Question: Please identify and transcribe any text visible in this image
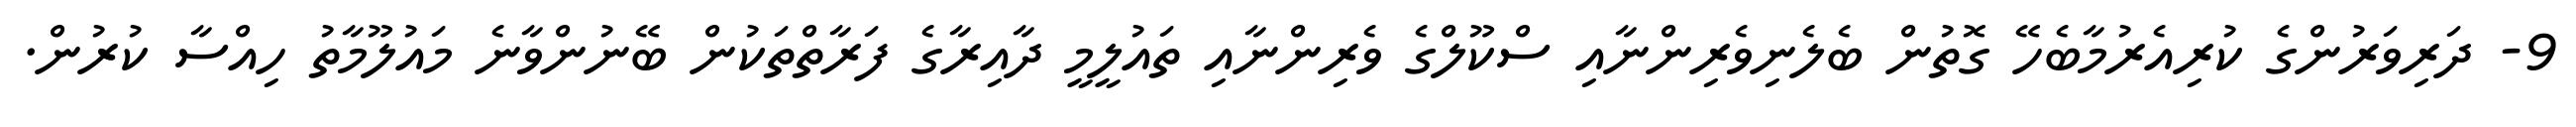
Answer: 9- ދަރިވަރުންގެ ކުރިއެރުމާބެހޭ ގޮތުން ބެލެނިވެރިންނާއި ސްކޫލްގެ ވެރިންނާއި ތައުލީމީ ދާއިރާގެ ފަރާތްތަކުން ބޭނުންވާނެ މައުލޫމާތު ހިއްސާ ކުރުން.